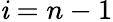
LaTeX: \mathit{i}=n-1